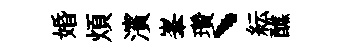
婚煩濱峯瓚、紜醮